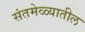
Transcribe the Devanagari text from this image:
संतमेळ्यातील